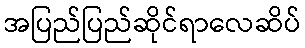
အပြည်ပြည်ဆိုင်ရာလေဆိပ်